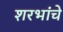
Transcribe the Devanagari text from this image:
शरभांचे